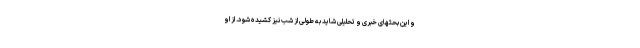
و این بحثهای خبری و تحلیلی شاید به طولی از شب نیز کشیده شود. از او